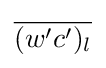
{\overline {(w'c')_{l}}}